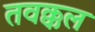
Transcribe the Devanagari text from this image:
तवक्कल